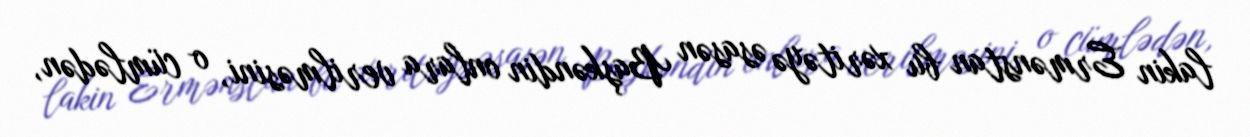
lakin Ermənstan bu xəritəyə əsasən Başkəndin onlara verilməsini, o cümlədən,